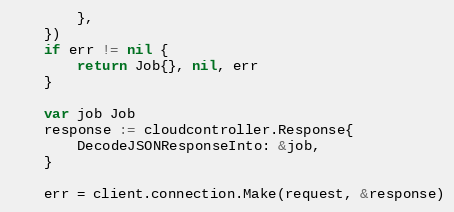
Language: Go
		},
	})
	if err != nil {
		return Job{}, nil, err
	}

	var job Job
	response := cloudcontroller.Response{
		DecodeJSONResponseInto: &job,
	}

	err = client.connection.Make(request, &response)